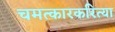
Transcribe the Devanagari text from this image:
चमत्कारकरित्या